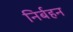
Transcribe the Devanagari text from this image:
निर्बहन